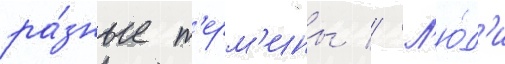
ра́зные т'ерм'ины // Л'ю́д'и